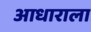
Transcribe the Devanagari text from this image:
आधाराला